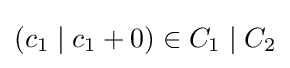
(c_{1}\mid c_{1}+0)\in C_{1}\mid C_{2}